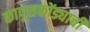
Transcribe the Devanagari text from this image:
कापूसकोंड्याची